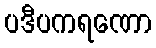
ပဒီပကရဏော